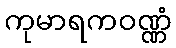
ကုမာရကဝဏ္ဏံ